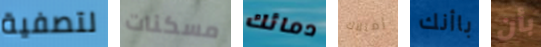
لتصفية مسكنات دمائك إمتلاك باأنك بأن